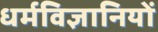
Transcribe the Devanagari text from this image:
धर्मविज्ञानियों